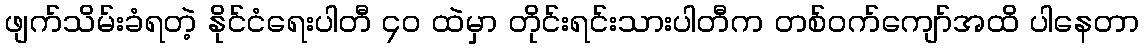
ဖျက်သိမ်းခံရတဲ့ နိုင်ငံရေးပါတီ ၄၀ ထဲမှာ တိုင်းရင်းသားပါတီက တစ်ဝက်ကျော်အထိ ပါနေတာ